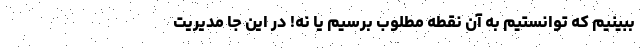
ببینیم که توانستیم به آن نقطه مطلوب برسیم یا نه! در این جا مدیریت